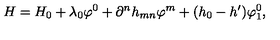
H = H _ { 0 } + \lambda _ { 0 } \varphi ^ { 0 } + \partial ^ { n } h _ { m n } \varphi ^ { m } + ( h _ { 0 } - h ^ { \prime } ) \varphi _ { 1 } ^ { 0 } ,